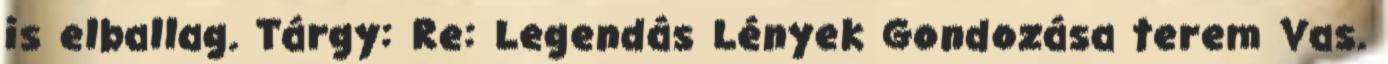
is elballag. Tárgy: Re: Legendás Lények Gondozása terem Vas.